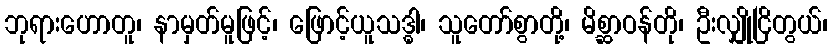
ဘုရားဟောတူ၊ နာမှတ်မူဖြင့်၊ ဖြောင့်ယူသဒ္ဓါ၊ သူတော်စွာတို့၊ မိစ္ဆာဝန်တို၊ ဦးလျှိုငြိတွယ်၊